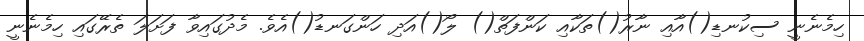
ހިމެނެނީ ސިކުނޑި()އާއި ނާރު()ތަކާއި ކަންފަތް() ލޯ()އަދި ހަންގަނޑު()އެވެ. މެދުގައިވާ ފަށަލަ ތެރޭގައި ހިމެނެނީ